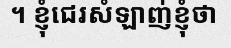
។ ខ្ញុំជេរសំឡាញ់ខ្ញុំថា